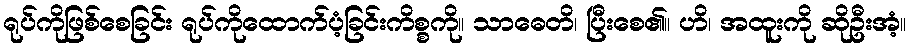
ရုပ်ကိုဖြစ်စေခြင်း ရုပ်ကိုထောက်ပံ့ခြင်းကိစ္စကို။ သာဓေတိ၊ ပြီးစေ၏။ ဟိ၊ အထူးကို ဆိုဦးအံ့။